Lunatic asylums in Bengal annual reports 1912-1924 - 1912-1924
Year: 1912
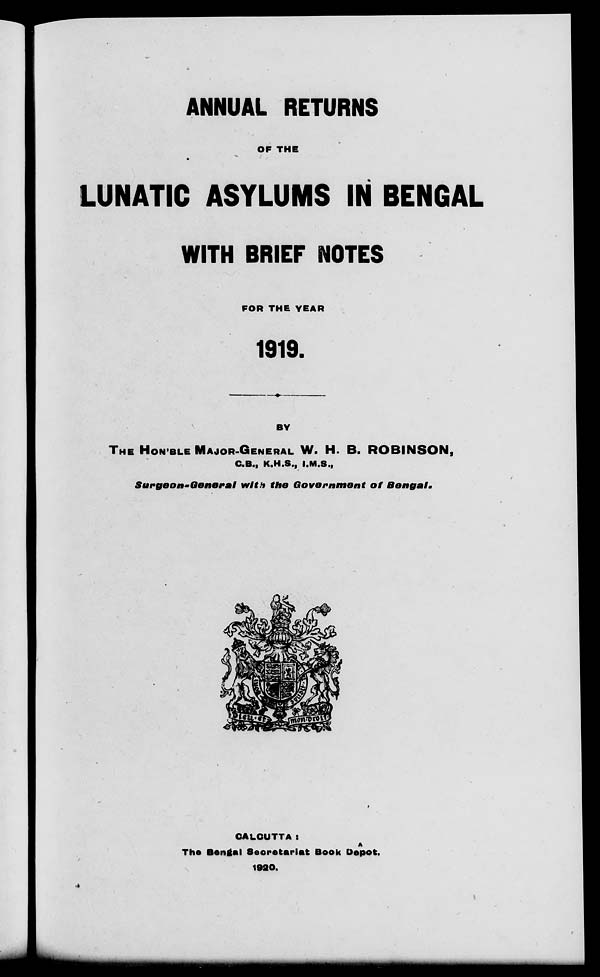
ANNUAL RETURNS
OF THE
LUNATIC ASYLUMS IN BENGAL
WITH BRIEF NOTES
FOR THE YEAR
1919.
BY
THE HON'BLE MAJOR-GENERAL W. H. B. ROBINSON,
C.B., K.H.S., I.M.S.,
Surgeon-General with the Government of Bengal.
CALCUTTA :
The Bengal Secretariat Book Dopôt.
1920.